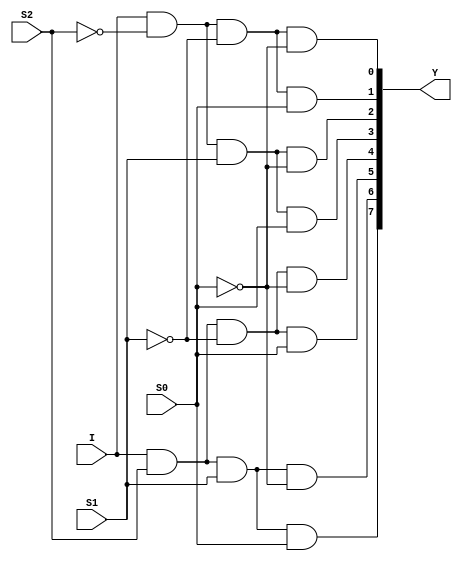
// This program was cloned from: https://github.com/aryanmahawar205/ModelSim-IntelFPGA
// License: GNU General Public License v3.0

//Dataflow Modelling for 1:8 DeMux

module deMux_1_to_8_df(I, S2, S1, S0, Y);
input I; input S2, S1, S0; output [7:0]Y;
assign Y[0] = I&~S2&~S1&~S0;
assign Y[1] = I&~S2&~S1&S0;
assign Y[2] = I&~S2&S1&~S0;
assign Y[3] = I&~S2&S1&S0;
assign Y[4] = I&S2&~S1&~S0;
assign Y[5] = I&S2&~S1&S0;
assign Y[6] = I&S2&S1&~S0;
assign Y[7] = I&S2&S1&S0;
endmodule